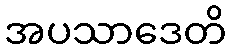
အပသာဒေတိ